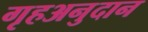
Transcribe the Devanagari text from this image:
गृहअनुदान